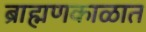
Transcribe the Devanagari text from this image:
ब्राह्मणकाळात